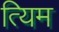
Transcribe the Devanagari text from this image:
त्यिम